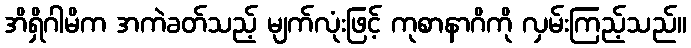
အိရှိဂါမိက အကဲခတ်သည့် မျက်လုံးဖြင့် ကုစာနာဂိကို လှမ်းကြည့်သည်။